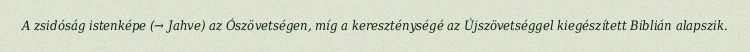
A zsidóság istenképe (→ Jahve) az Ószövetségen, míg a kereszténységé az Újszövetséggel kiegészített Biblián alapszik.